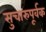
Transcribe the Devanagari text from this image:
सुचारुपूर्वक